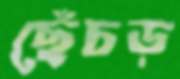
ছেঁচড়